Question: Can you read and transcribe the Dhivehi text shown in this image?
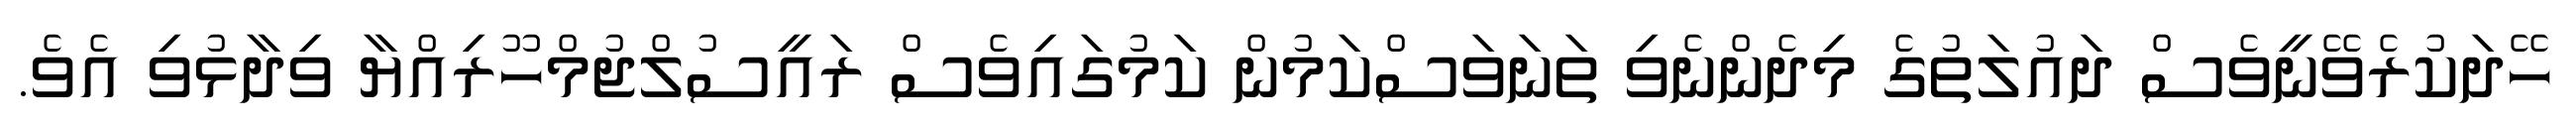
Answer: ހޭދަކުރެވޭނީވެސް ދައުލަތުގެ މިދެންނެވި ތަނަވަސްކަމުން ކަމުގައިވެސް ރައީސުލްޖުމްހޫރިއްޔާ ވިދާޅުވި އެވެ.